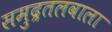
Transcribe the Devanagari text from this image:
समुद्रतलवाला